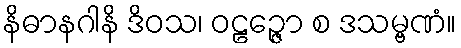
နိဓာနဂါနိ ဒိဝသ၊ ဝဠဉ္ဇော စ ဒသမ္ဗဏံ။